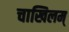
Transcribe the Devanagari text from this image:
चाखिलम्